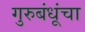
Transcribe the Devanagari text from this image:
गुरुबंधूंचा